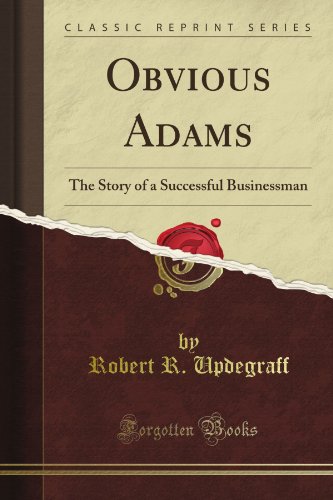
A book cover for Obvious Adams: The Story of a Successful Businessman (Classic Reprint); Robert R. Updegraff; Literature & Fiction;